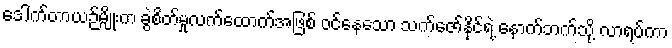
ဒေါက်တာယဉ်မျိုးက ခွဲစိတ်မှုလက်ထောက်အဖြစ် ဝင်နေသော သက်ဇော်နိုင်ရဲ့ နောက်ဘက်သို့ လာရပ်ကာ